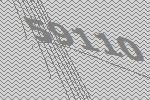
59110